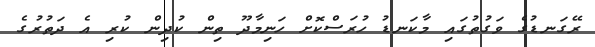
ރޭގަނޑުގެ ވަގުތުގައި މާކަނޑު ހުރަސްކޮށް ހަނިމާދޫ ތިން ކުދިން ކުރިި އެ ދަތުރުގެ